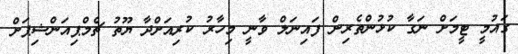
ގައުމީ ޓީމަށް ނަގާ ކުޅުންތެރިން ފައިނަލް ވާނީ މިހާރު ކުރިއަށްދާ ޔޫތު ޗެމްޕިއަންޝިޕަަށް